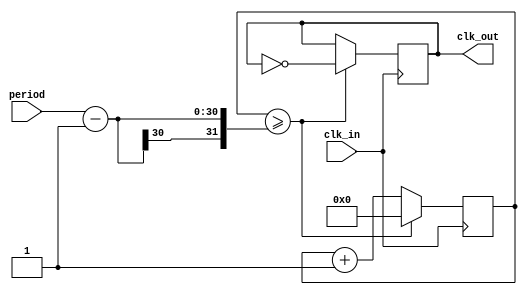
module	Module_FrequencyDivider	(	input	clk_in,
												input	[29:0] period,

												output reg	clk_out);

reg	[29:0]	counter;

always @(posedge clk_in) begin
	if (counter >= (period - 1)) begin
		counter = 0;
		clk_out = ~clk_out;
	end else
		counter = counter + 1;
end

endmodule